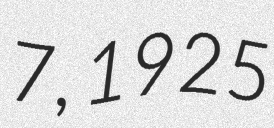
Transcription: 7, 1925